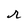
Character: r